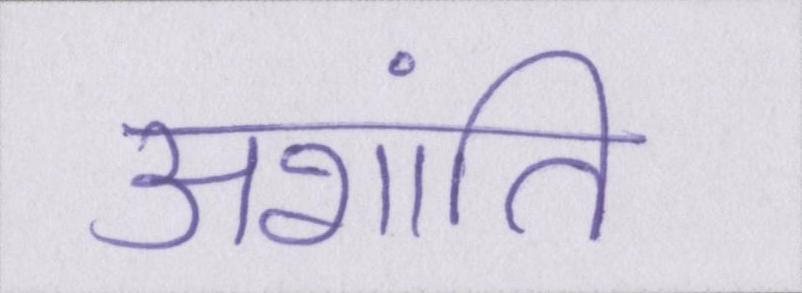
अशांति